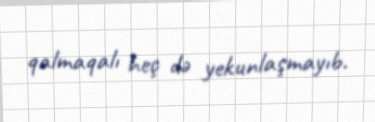
qalmaqalı heç də yekunlaşmayıb.